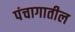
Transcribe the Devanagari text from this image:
पंचागातील